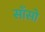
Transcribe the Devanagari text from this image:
साँसो